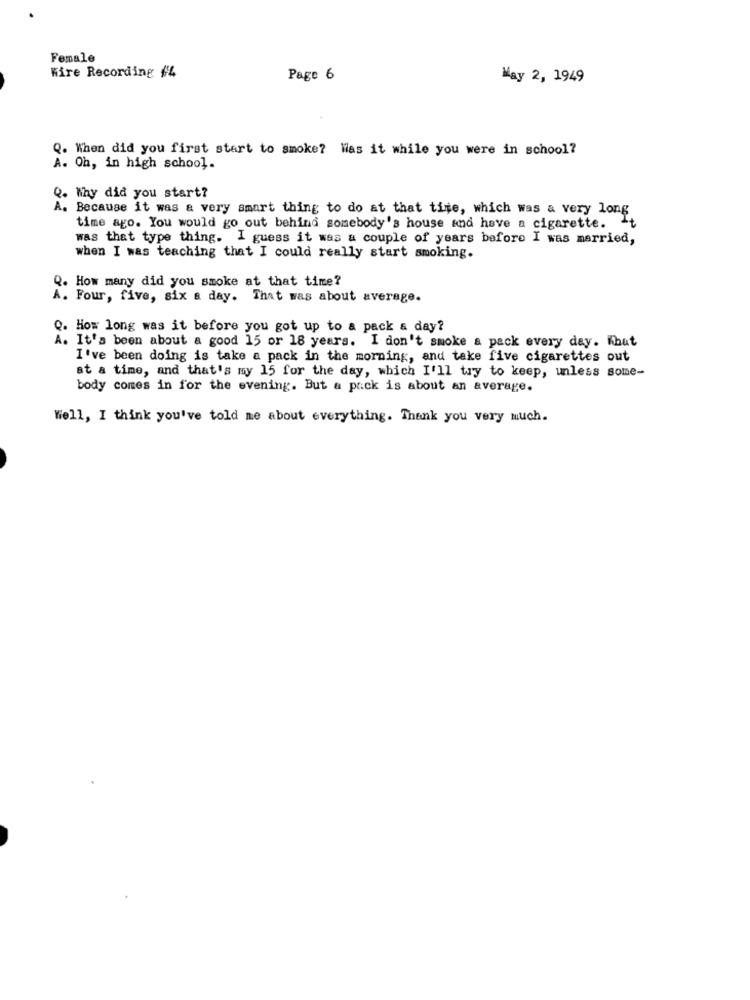
Female
Wire Recording $4
Page 6
May 2, 1949
Q. When did you first start to smoke? Was it while you were in school?
A. Oh, in high school.
Q. Why did you start?
A. Because it was a very smart thing to do at that time, which was a very long
time ago. You would go out behind somebody's house and have a cigarette. It
was that type thing. I guess it was a couple of years before I was married,
when I was teaching that I could really start smoking.
Q. How many did you smoke at that time?
A. Four, five, six a day. That was about average.
Q. How long was it before you got up to a pack a day?
A. It's been about a good 15 or 18 years. I don't smoke a pack every day. What
I've been doing is take a pack in the morning, and take five cigarettes out
at a time, and that's my 15 for the day, which I'll try to keep, unless some-
body comes in for the evening. But a pack is about an average.
Well, I think you've told me about everything. Thank you very much.